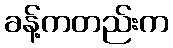
ခန့်ကတည်းက